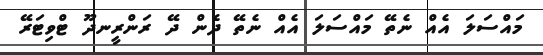
މައްސަލަ އެއް ނެތޭ މައްސަލަ އެއް ނެތޭ ދެން ދޭ ރަންރީނދޫ ޓްވިޓަރޭ